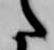
た